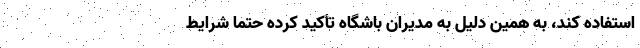
استفاده کند، به همین دلیل به مدیران باشگاه تأکید کرده حتماً شرایط